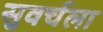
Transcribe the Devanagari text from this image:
सुवर्चला